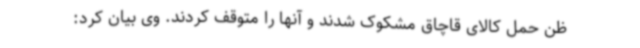
ظن حمل کالای قاچاق مشکوک شدند و آنها را متوقف کردند. وی بیان کرد: